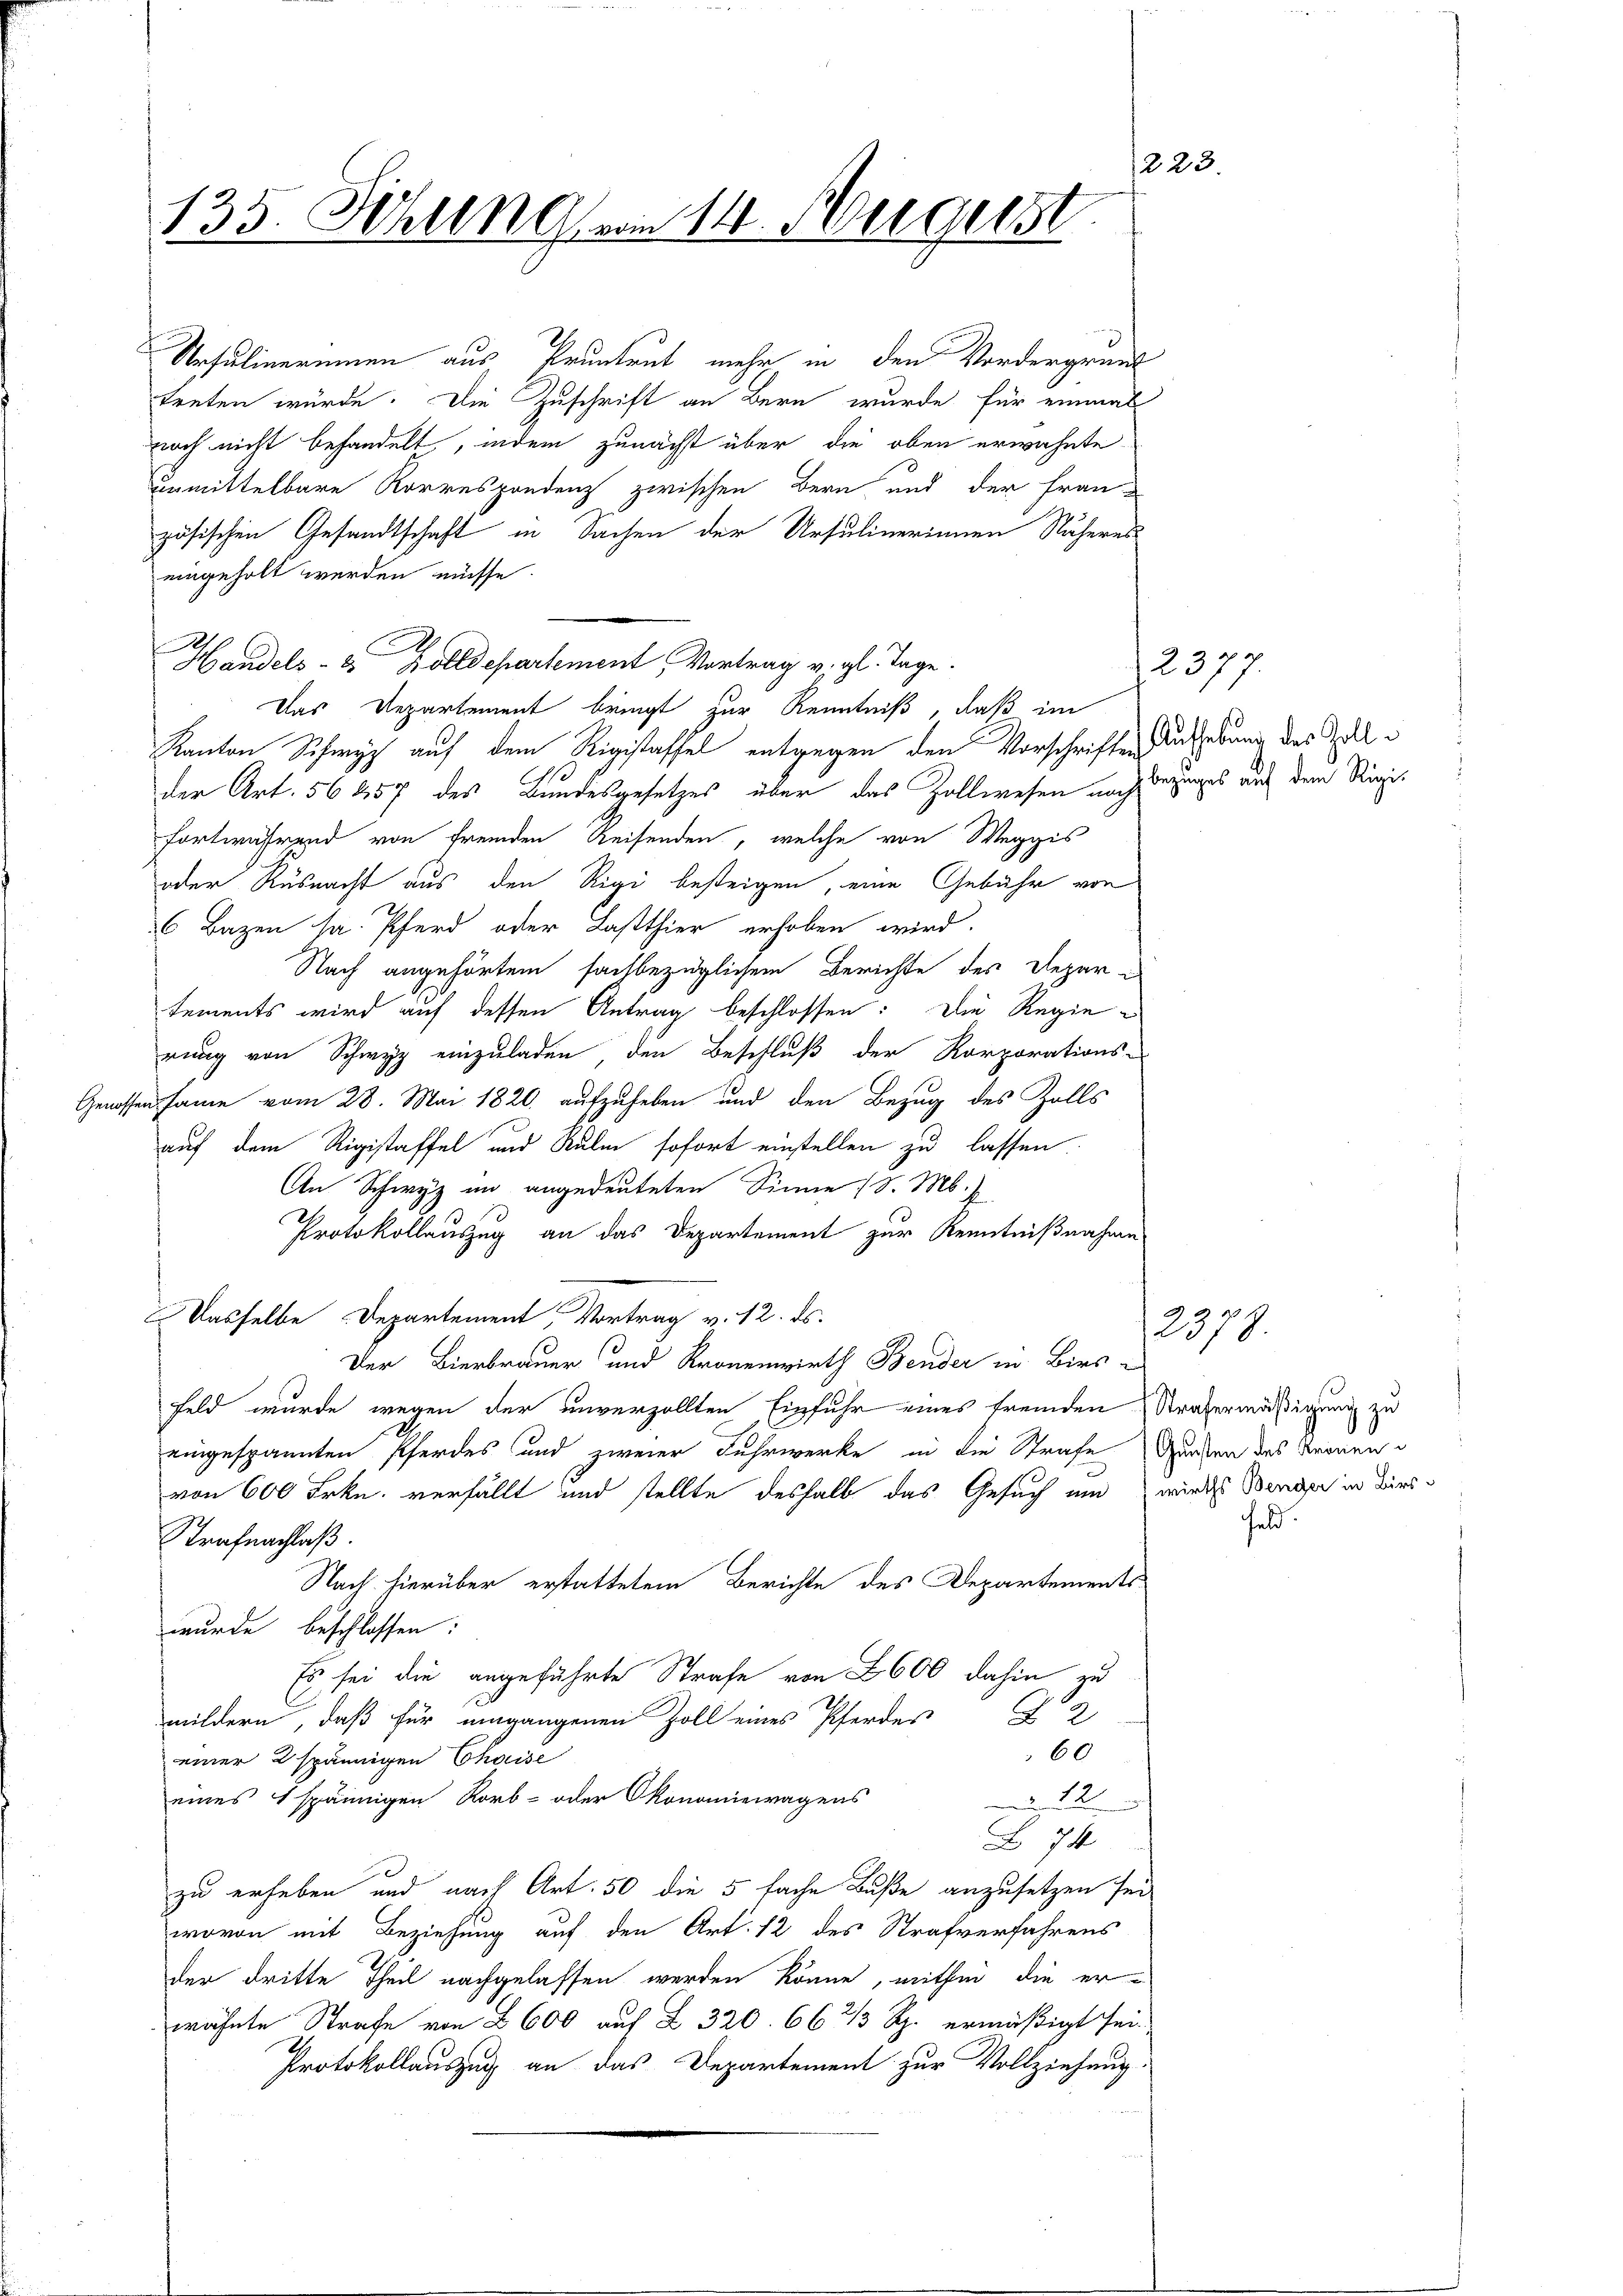
Ursulinerinnen aus Pruntrut mehr in den Vordergrund
treten würde. Die Zuschrift an Bern wurde für einmal
noch nicht behandelt, indem zunächst über die oben erwähnte
unmittelbare Korrespondenz zwischen Bern und der Französischen Gesandtschaft in Sachen der Ursulinerinnen Näheres
eingeholt werden müsse.
Handels- & Zolldepartement Vortrag v. gl. Tage.
Das Departement bringt zur Renntniß, daß im
Kanton Schwyz auf dem Rigistaffel entgegen den Vorschriften Aufhebung des Zollder Art. 56 257 des Bundesgesetzes über das Zollwesen nach Bezuges auf dem Rigifortwährend von fremden Reisenden, welche von Weggis
oder Küsnacht aus den Rigi besteigen, eine Gebühr von
6 Bazen sa. Pferd oder Lastthier erhoben wird.
Nach angehörtem sachbezüglichem Berichte des Departements wird auf dessen Antrag beschlossen: Die Regierung von Schwyz einzuladen den Beschluß der Korporations-
Genossensame vom 28. Mai 1820. aufzuheben und den Bezug des Zolls
auf dem Rigistaffel und Kulm sofort einstellen zu lassen.
An Schwyz im angedeuteten Sinne (S. M.
2
Protokollauszug an das Departement zur Kenntnißnahme
Wasselbe Departement, Vortrag v. 12. ds.
Der Bierbrauer und Kronenwirth Bender in Birs-
Feld wurde wegen der unverzollten Einfuhr eines fremden Straßermäßigung zu
eingespannten Pferdes und zweier Fuhrwerke in die Strafe Gurken des Bernen
von 600 Frkn. verfällt und stellte deshalb das Gesuch um wirds Werger in dies¬
Strafnachlaß.
Nach hierüber erstattetem Berichte des Departements-
wurde beschlossen:
Es sei die angeführte Strafe von 2600 dahin zu
mildern, daß für umgangenen Zoll eines Pferdes § 2
60
einer 2spännigen Chaise
eines 1spännigen Korb- oder Okonomiewagens
2
74
zu erheben und nach Art. 50 die 5 fache Buße anzusetzen sei
wovon mit Beziehung auf den Art. 12 des Strafverfahrens
der dritte Theil nachgelassen werden könne, mithin die erwähnte Strafe von 2600 auf § 320. 66 2/3 Rp. ermäßigt sei.
Protokollauszug an das Departement zur Vollziehung.

1223.
135. Sitzung vom 14. Augenst

2377.

2378.

feld.